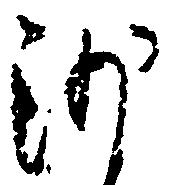
沙